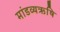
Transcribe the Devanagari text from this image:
मांडव्यऋषि